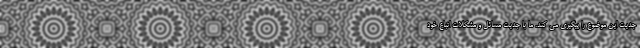
جدیت این موضوع را پیگیری می کند. ما با جدیت مسائل و مشکلات اتباع خود